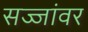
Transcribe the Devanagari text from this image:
सज्जांवर